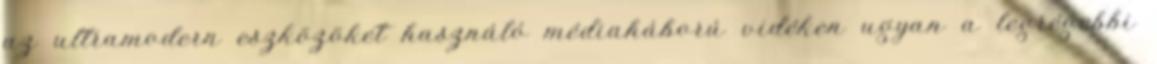
az ultramodern eszközöket használó médiaháború vidéken ugyan a legrégebbi